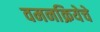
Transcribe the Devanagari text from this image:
वमनक्रियेचे